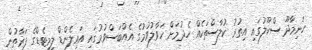
ހަނިމާދޫ ސްކޫލުގައި އިތުރު ކުލާސްތަކެއް ހެދުމަށް ހަވާލުވުމުގެ އެއްބަސްވުމުގައި އައިލެންޑް ލިމިޓެޑްގެ ފަރާތުން